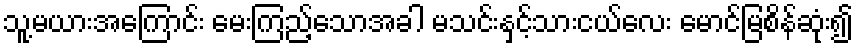
သူ့မယားအကြောင်း မေးကြည့်သောအခါ မသင်းနှင့်သားငယ်လေး မောင်မြစိန်ဆုံး၍